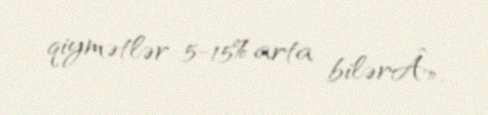
qiymətlər 5-15% arta bilərÂ».